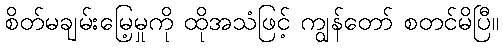
စိတ်မချမ်းမြေ့မှုကို ထိုအသံဖြင့် ကျွန်တော် စတင်မိပြီ။